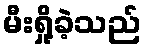
မီးရှို့ခဲ့သည်